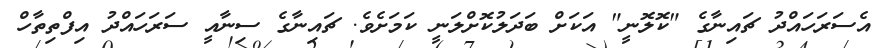
އެސަރަހައްދު ޗައިނާގެ "ކޮލޮނީ" އަކަށް ބަދަލުކޮށްލަނީ ކަމަށެވެ. ޗައިނާގެ ސިނާއީ ސަރަހައްދު އިފްތިތާހް